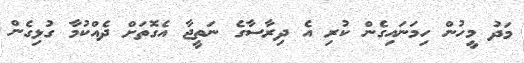
މަދު މީހުން ހިމަނައިގެން ކުރި އެ ދިރާސާގެ ނަތީޖާ އެގޮތަށް ދެއްކުމާ ގުޅިގެން